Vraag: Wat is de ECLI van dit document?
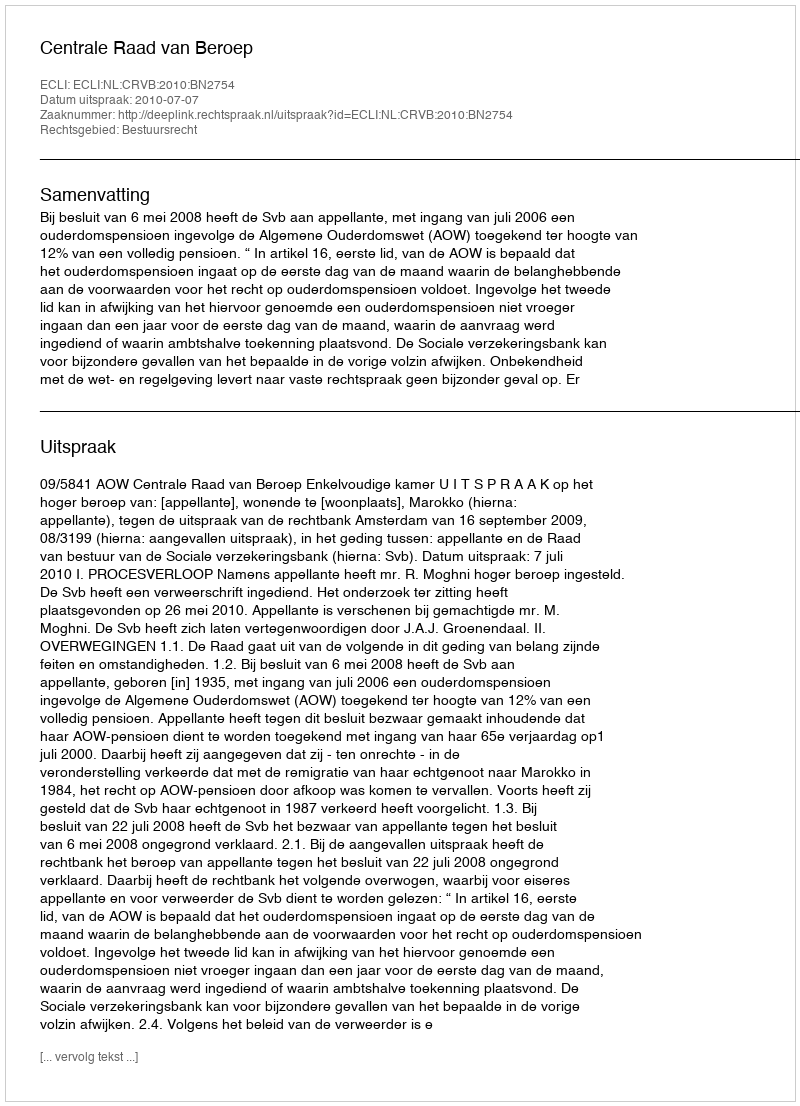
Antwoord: ECLI:NL:CRVB:2010:BN2754